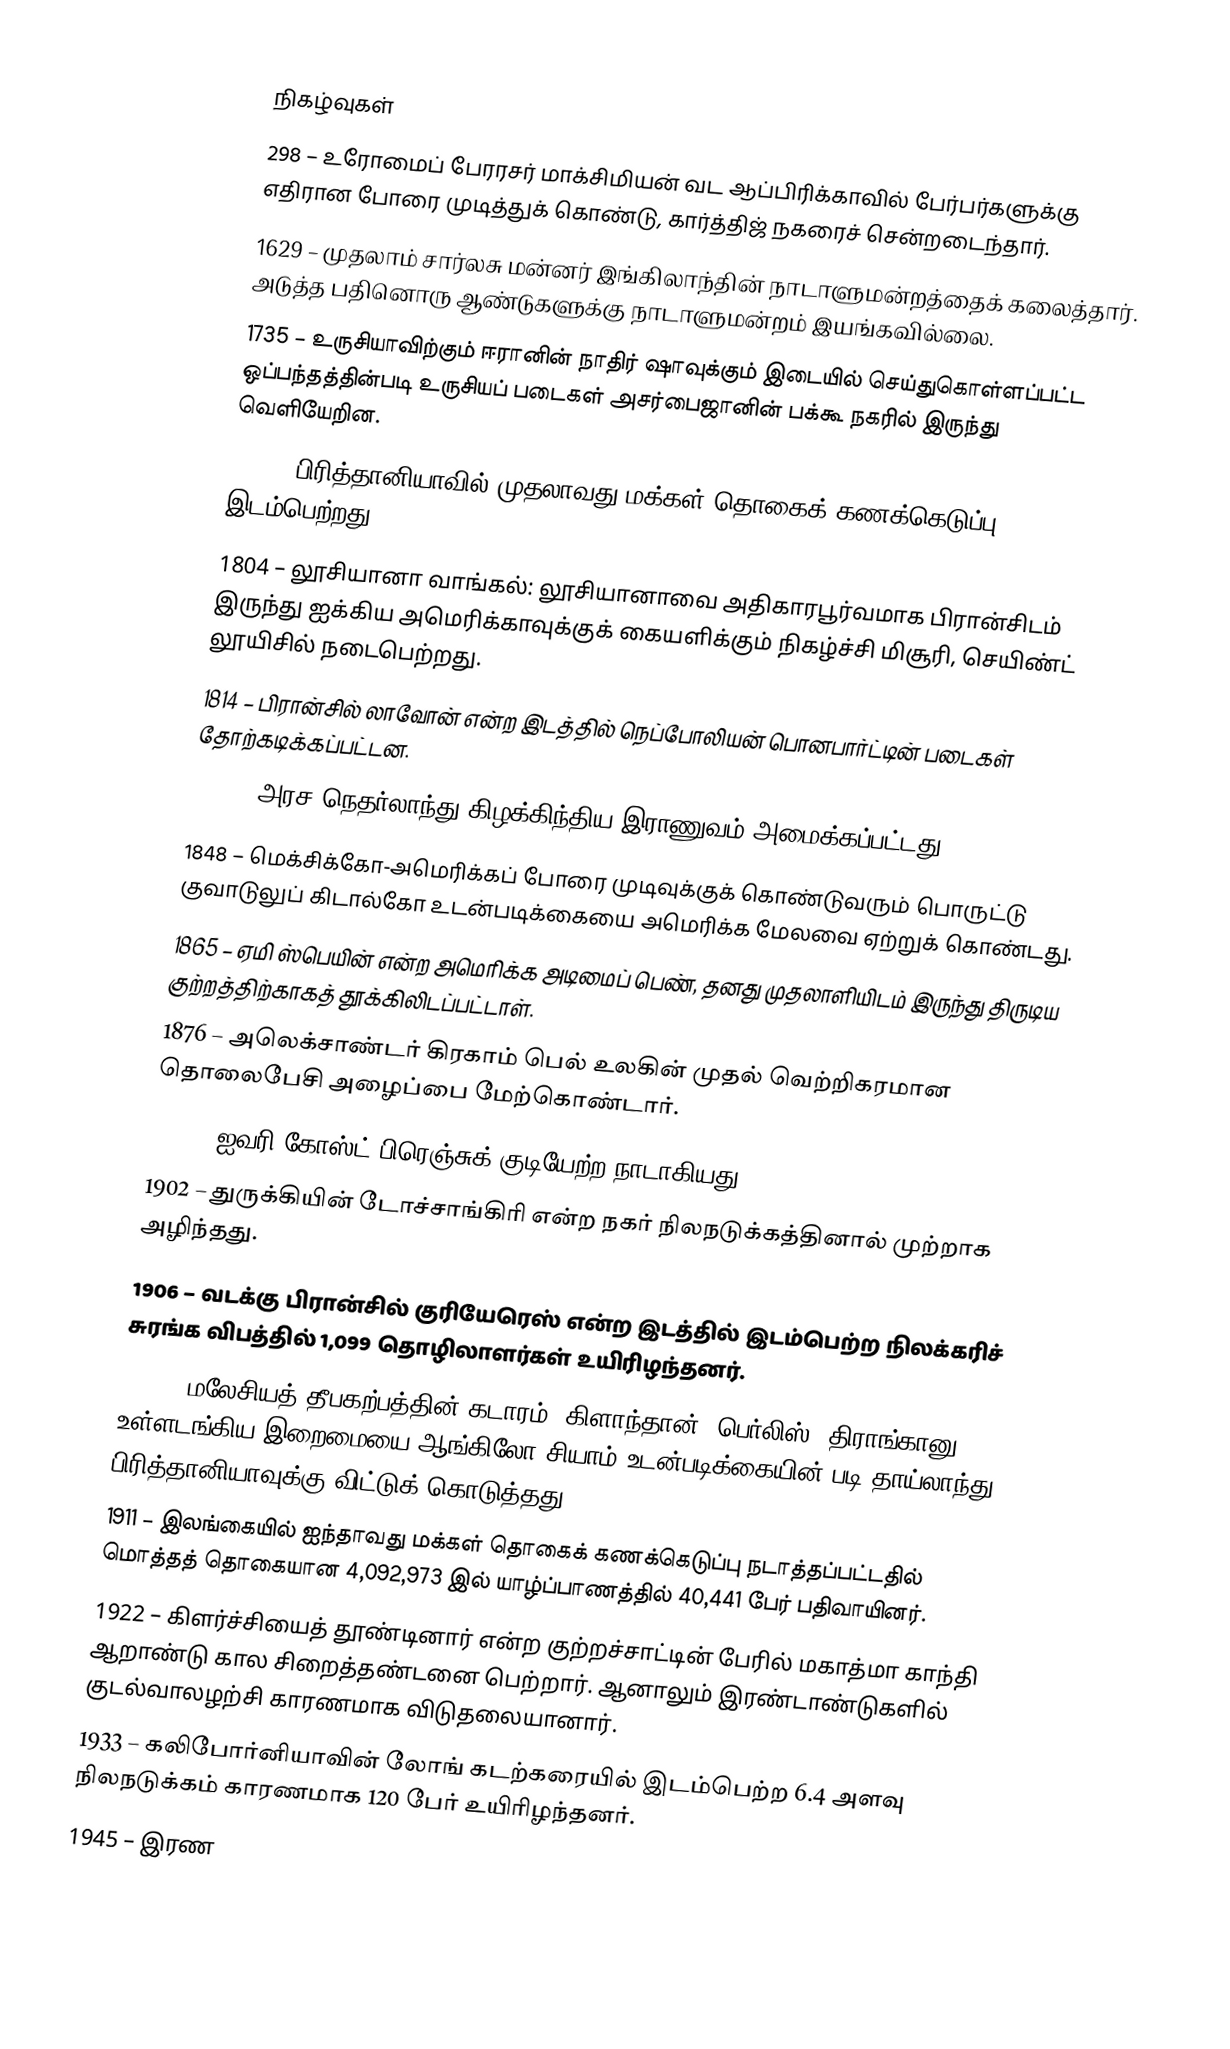

நிகழ்வுகள்
 298 – உரோமைப் பேரரசர் மாக்சிமியன் வட ஆப்பிரிக்காவில் பேர்பர்களுக்கு எதிரான போரை முடித்துக் கொண்டு, கார்த்திஜ் நகரைச் சென்றடைந்தார்.
1629 – முதலாம் சார்லசு மன்னர் இங்கிலாந்தின் நாடாளுமன்றத்தைக் கலைத்தார். அடுத்த பதினொரு ஆண்டுகளுக்கு நாடாளுமன்றம் இயங்கவில்லை.
1735 – உருசியாவிற்கும் ஈரானின் நாதிர் ஷாவுக்கும் இடையில் செய்துகொள்ளப்பட்ட ஒப்பந்தத்தின்படி உருசியப் படைகள் அசர்பைஜானின் பக்கூ நகரில் இருந்து வெளியேறின.
1801 – பிரித்தானியாவில் முதலாவது மக்கள் தொகைக் கணக்கெடுப்பு இடம்பெற்றது.
1804 – லூசியானா வாங்கல்: லூசியானாவை அதிகாரபூர்வமாக பிரான்சிடம் இருந்து ஐக்கிய அமெரிக்காவுக்குக் கையளிக்கும் நிகழ்ச்சி மிசூரி, செயிண்ட் லூயிசில் நடைபெற்றது.
1814 – பிரான்சில் லாவோன் என்ற இடத்தில் நெப்போலியன் பொனபார்ட்டின் படைகள் தோற்கடிக்கப்பட்டன.
1830 – அரச நெதர்லாந்து கிழக்கிந்திய இராணுவம் அமைக்கப்பட்டது.
1848 – மெக்சிக்கோ-அமெரிக்கப் போரை முடிவுக்குக் கொண்டுவரும் பொருட்டு குவாடுலுப் கிடால்கோ உடன்படிக்கையை அமெரிக்க மேலவை ஏற்றுக் கொண்டது.
1865 – ஏமி ஸ்பெயின் என்ற அமெரிக்க அடிமைப் பெண், தனது முதலாளியிடம் இருந்து திருடிய குற்றத்திற்காகத் தூக்கிலிடப்பட்டாள்.
1876 – அலெக்சாண்டர் கிரகாம் பெல் உலகின் முதல் வெற்றிகரமான தொலைபேசி அழைப்பை மேற்கொண்டார்.
1893 – ஐவரி கோஸ்ட் பிரெஞ்சுக் குடியேற்ற நாடாகியது.
1902 – துருக்கியின் டோச்சாங்கிரி என்ற நகர் நிலநடுக்கத்தினால் முற்றாக அழிந்தது.
1906 – வடக்கு பிரான்சில் குரியேரெஸ் என்ற இடத்தில் இடம்பெற்ற நிலக்கரிச் சுரங்க விபத்தில் 1,099 தொழிலாளர்கள் உயிரிழந்தனர்.
1909 – மலேசியத் தீபகற்பத்தின் கடாரம், கிளாந்தான், பெர்லிஸ், திராங்கானு உள்ளடங்கிய இறைமையை ஆங்கிலோ-சியாம் உடன்படிக்கையின் படி தாய்லாந்து பிரித்தானியாவுக்கு விட்டுக் கொடுத்தது.
1911 – இலங்கையில் ஐந்தாவது மக்கள் தொகைக் கணக்கெடுப்பு நடாத்தப்பட்டதில் மொத்தத் தொகையான 4,092,973 இல் யாழ்ப்பாணத்தில் 40,441 பேர் பதிவாயினர்.
1922 – கிளர்ச்சியைத் தூண்டினார் என்ற குற்றச்சாட்டின் பேரில் மகாத்மா காந்தி ஆறாண்டு கால சிறைத்தண்டனை பெற்றார். ஆனாலும் இரண்டாண்டுகளில் குடல்வாலழற்சி  காரணமாக விடுதலையானார்.
1933 – கலிபோர்னியாவின் லோங் கடற்கரையில் இடம்பெற்ற 6.4 அளவு நிலநடுக்கம் காரணமாக 120 பேர் உயிரிழந்தனர்.
1945 – இரண